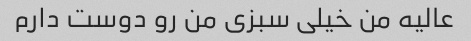
عالیه من خیلی سبزی من رو دوست دارم